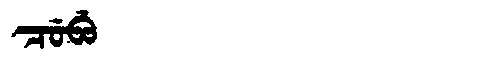
Manchu: ᠴᡠᠪᡠ
Romanization: CUBU